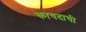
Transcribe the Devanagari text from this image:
कायदाची